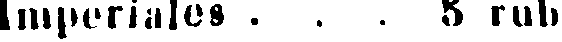
Imperiales . . . 5 rub